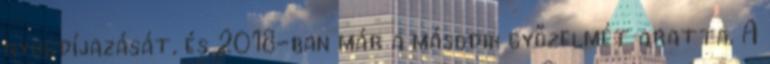
nyugdíjazását, és 2018-ban már a második győzelmét aratta. A